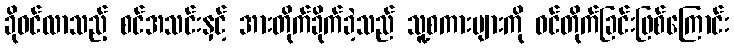
ခိုဝင်လာသည့် စင်အသင်းနှင့် အားတိုက်ခိုက်ခဲ့သည် သူ့စကားများကို ဝင်တိုက်ခြင်းဖြစ်ကြောင်း